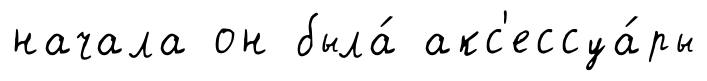
начала он была́ акс'ессуа́ры